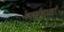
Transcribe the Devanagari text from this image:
महामायो